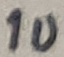
Text: 1u